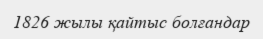
1826 жылы қайтыс болғандар